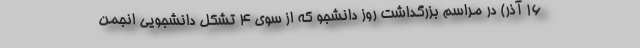
۱۶ آذر) در مراسم بزرگداشت روز دانشجو که از سوی ۴ تشکل دانشجویی انجمن